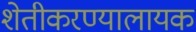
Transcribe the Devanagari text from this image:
शेतीकरण्यालायक